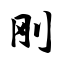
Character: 刚